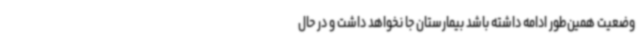
وضعیت همین‌طور ادامه داشته باشد بیمارستان جا نخواهد داشت و در حال